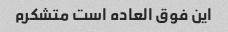
این فوق العاده است متشکرم